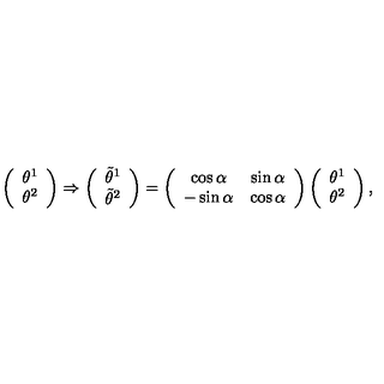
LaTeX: \left( \begin{array} { c } { \theta ^ { 1 } } \\ { \theta ^ { 2 } } \\ \end{array} \right) \Rightarrow \left( \begin{array} { c } { \tilde { \theta } ^ { 1 } } \\ { \tilde { \theta } ^ { 2 } } \\ \end{array} \right) = \left( \begin{array} { c c } { \cos \alpha } & { \sin \alpha } \\ { - \sin \alpha } & { \cos \alpha } \\ \end{array} \right) \left( \begin{array} { c } { \theta ^ { 1 } } \\ { \theta ^ { 2 } } \\ \end{array} \right) ,